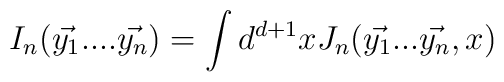
I_{n}(\vec{y_{1}}....\vec{y_{n}})=\int d^{d+1}xJ_{n}(\vec{y_{1}}...\vec{y_{n}},x)